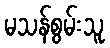
မသန်စွမ်းသူ